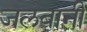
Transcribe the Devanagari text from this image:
जलबानी